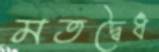
মতদ্বৈধ